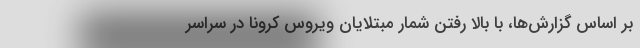
بر اساس گزارش‌ها، با بالا رفتن شمار مبتلایان ویروس کرونا در سراسر